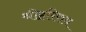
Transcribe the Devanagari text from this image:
श्रीहरिराय